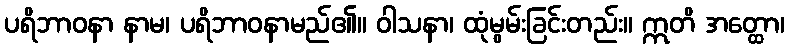
ပရိဘာဝနာ နာမ၊ ပရိဘာဝနာမည်၏။ ဝါသနာ၊ ထုံမွမ်းခြင်းတည်း။ ဣတိ အတ္ထော၊